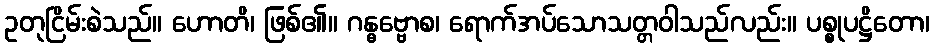
ဥတုငြိမ်းစဲသည်။ ဟောတိ၊ ဖြစ်၏။ ဂန္ဓဗ္ဗောစ၊ ရောက်အပ်သောသတ္တဝါသည်လည်း။ ပစ္စုပဋ္ဌိတော၊